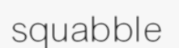
squabble